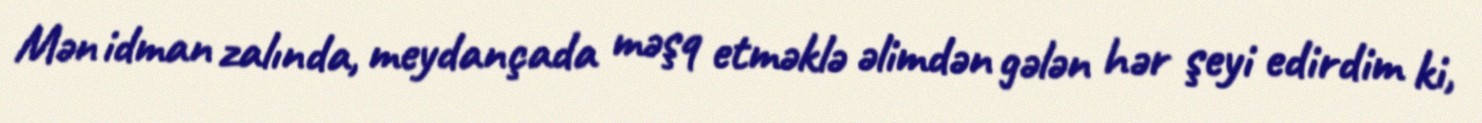
Mən idman zalında, meydançada məşq etməklə əlimdən gələn hər şeyi edirdim ki,